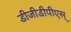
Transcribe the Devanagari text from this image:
डीजीडीपीएस्